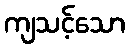
ကျသင့်သော